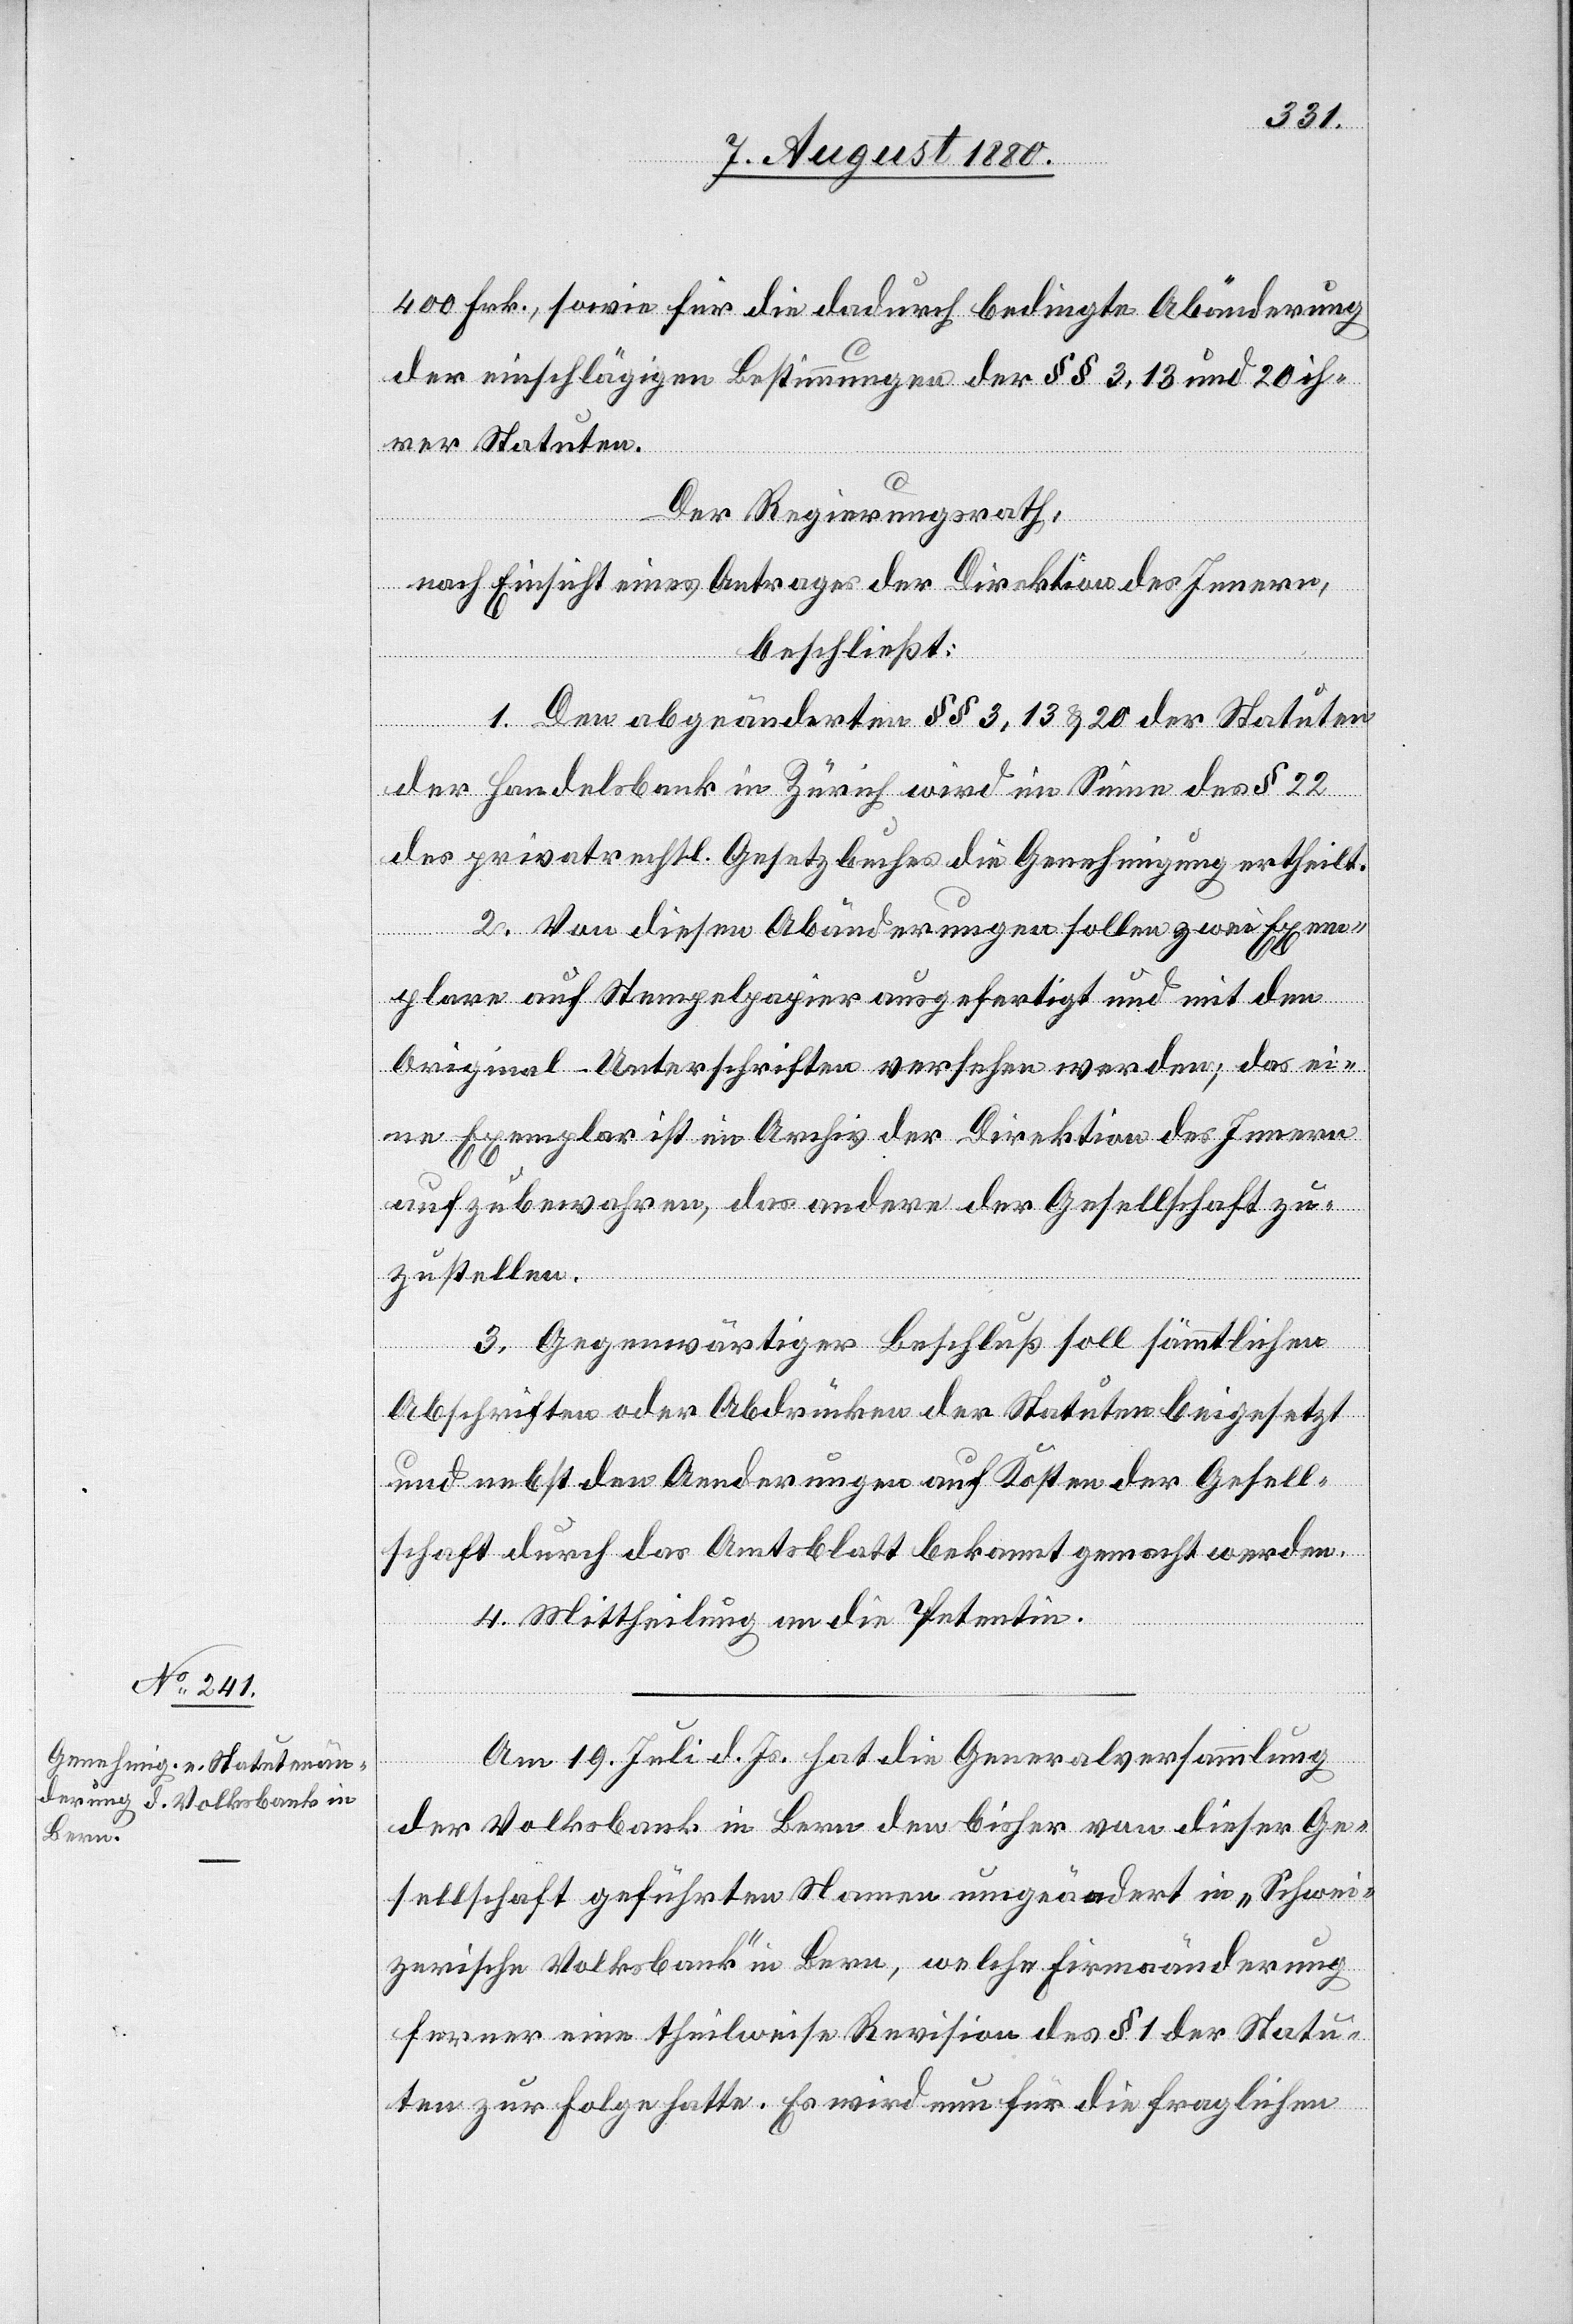
400 Frk., sowie für die dadurch bedingte Abänderung
der einschlägigen Bestimmungen der §§ 3, 13 und 20 ih¬
rer Statuten.
Der Regierungsrath,
nach Einsicht eines Antrages der Direktion des Innern,
beschließt:
1. Den abgeänderten §§ 3, 13 & 20 der Statuten
der Handelsbank in Zürich wird im Sinne des § 22
des privatrechtl. Gesetzbuches die Genehmigung ertheilt.
2. Von diesen Abänderungen sollen zwei Exem¬
plare auf Stempelpapier ausgefertigt und mit den
Original-Unterschriften versehen werden, das ei¬
ne Exemplar ist im Archiv der Direktion des Innern
aufzubewahren, das andere der Gesellschaft zu¬
zustellen.
3. Gegenwärtiger Beschluß soll sämmtlichen
Abschriften oder Abdrücken der Statuten beigesetzt
und nebst den Aenderungen auf Kosten der Gesell¬
schaft durch das Amtsblatt bekannt gemacht werden.
4. Mittheilung an die Petentin.
Am 19. Juli d. Js. hat die Generalversammlung
der Volksbank in Bern den bisher von dieser Ge¬
sellschaft geführten Namen umgeändert in „Schwei¬
zerische Volksbank“ in Bern, welche Firmaänderung
ferner eine theilweise Revision des § 1 der Statu¬
ten zur Folge hatte. Es wird nun für die fraglichen